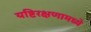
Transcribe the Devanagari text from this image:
यष्टिरक्षणामध्ये